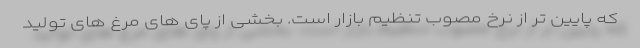
که پایین تر از نرخ مصوب تنظیم بازار است. بخشی از پای های مرغ های تولید